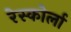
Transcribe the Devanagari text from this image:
रेस्कोर्ला